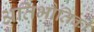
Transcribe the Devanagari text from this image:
अतिभौतिकी